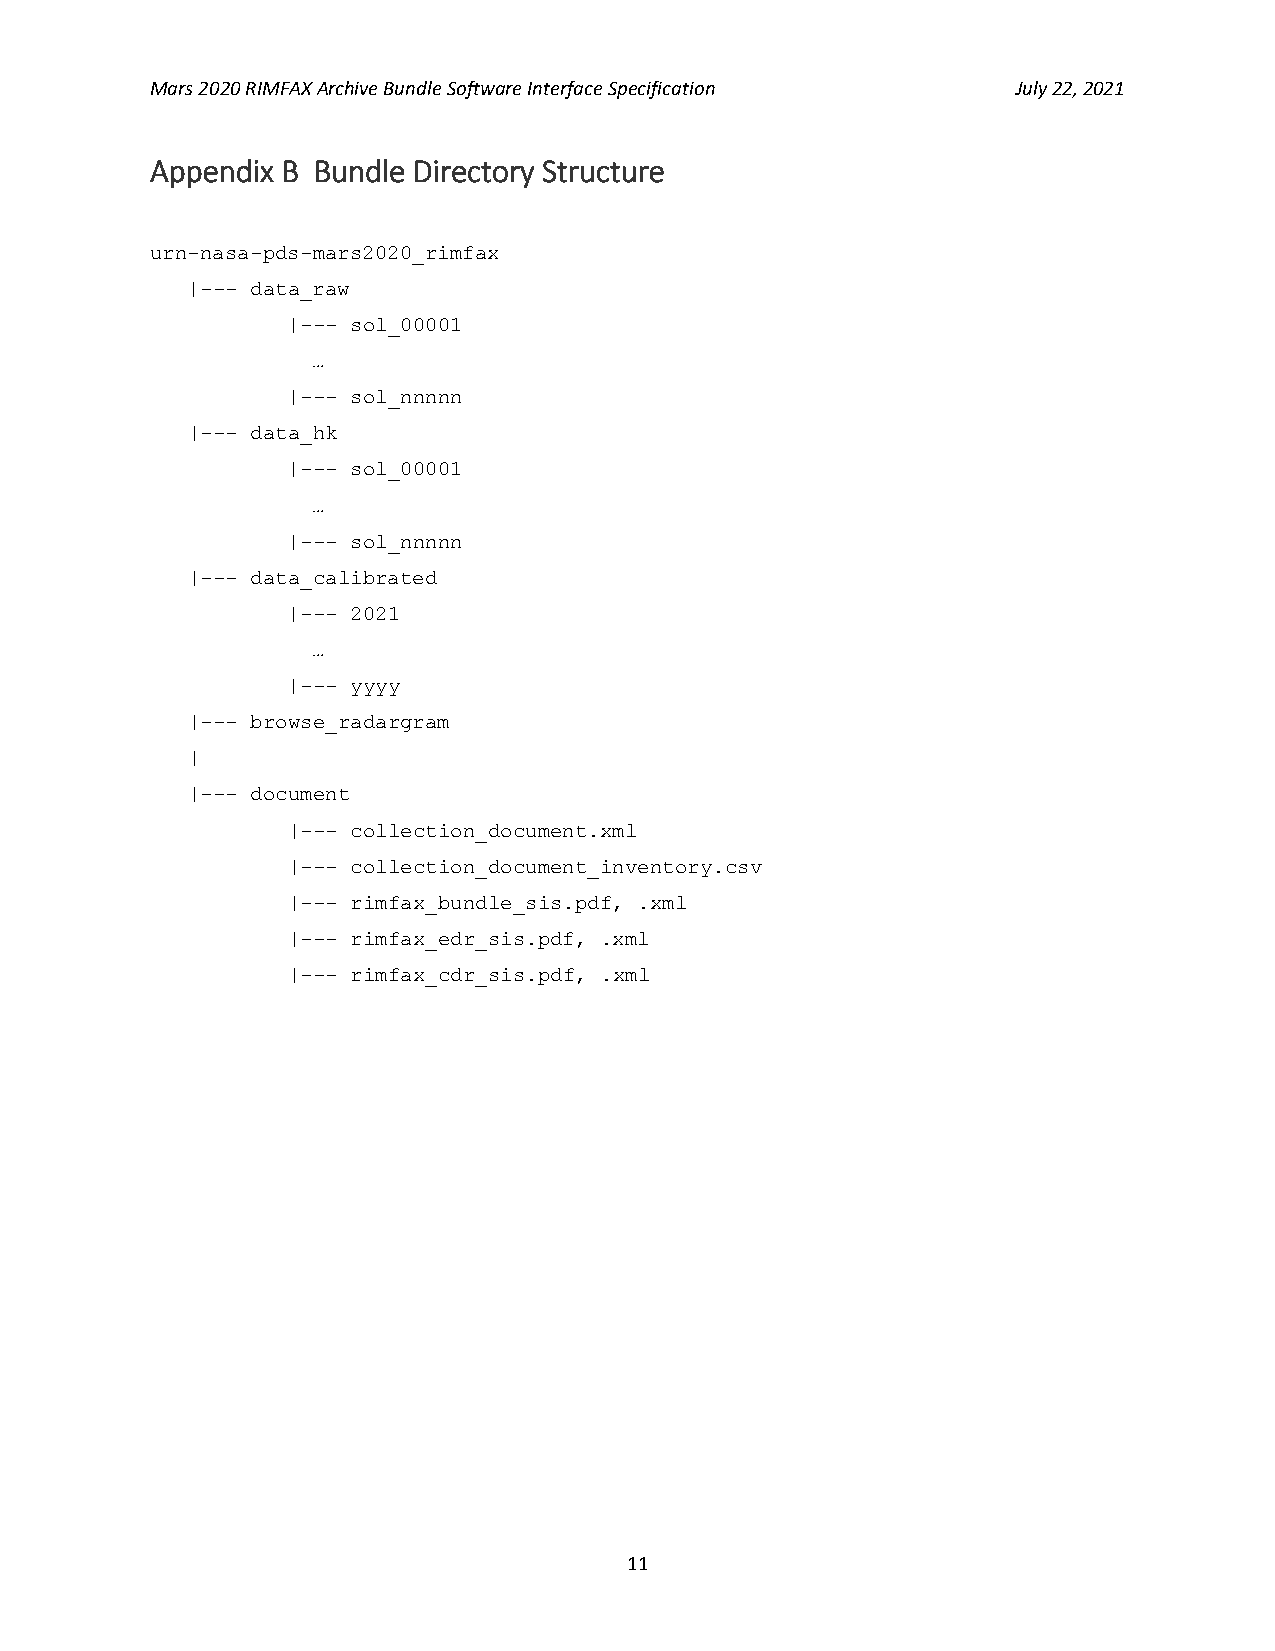
Mars 2020 RIMFAX Archive Bundle Software Interface Specification July 22, 2021
 Appendix B Bundle Directory Structure
 urn-nasa-pds-mars2020_rimfax
 |--- data_raw
 |--- sol_00001
 …
 |--- sol_nnnnn
 |--- data_hk
 |--- sol_00001
 …
 |--- sol_nnnnn
 |--- data_calibrated
 |--- 2021
 …
 |--- yyyy
 |--- browse_radargram
 |
 |--- document
 |--- collection_document.xml
 |--- collection_document_inventory.csv
 |--- rimfax_bundle_sis.pdf, .xml
 |--- rimfax_edr_sis.pdf, .xml
 |--- rimfax_cdr_sis.pdf, .xml
 11